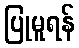
ပြုမူရန်